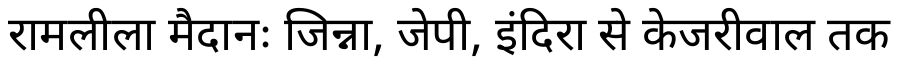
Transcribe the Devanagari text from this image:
रामलीला मैदानः जिन्ना, जेपी, इंदिरा से केजरीवाल तक